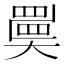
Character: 𡚇